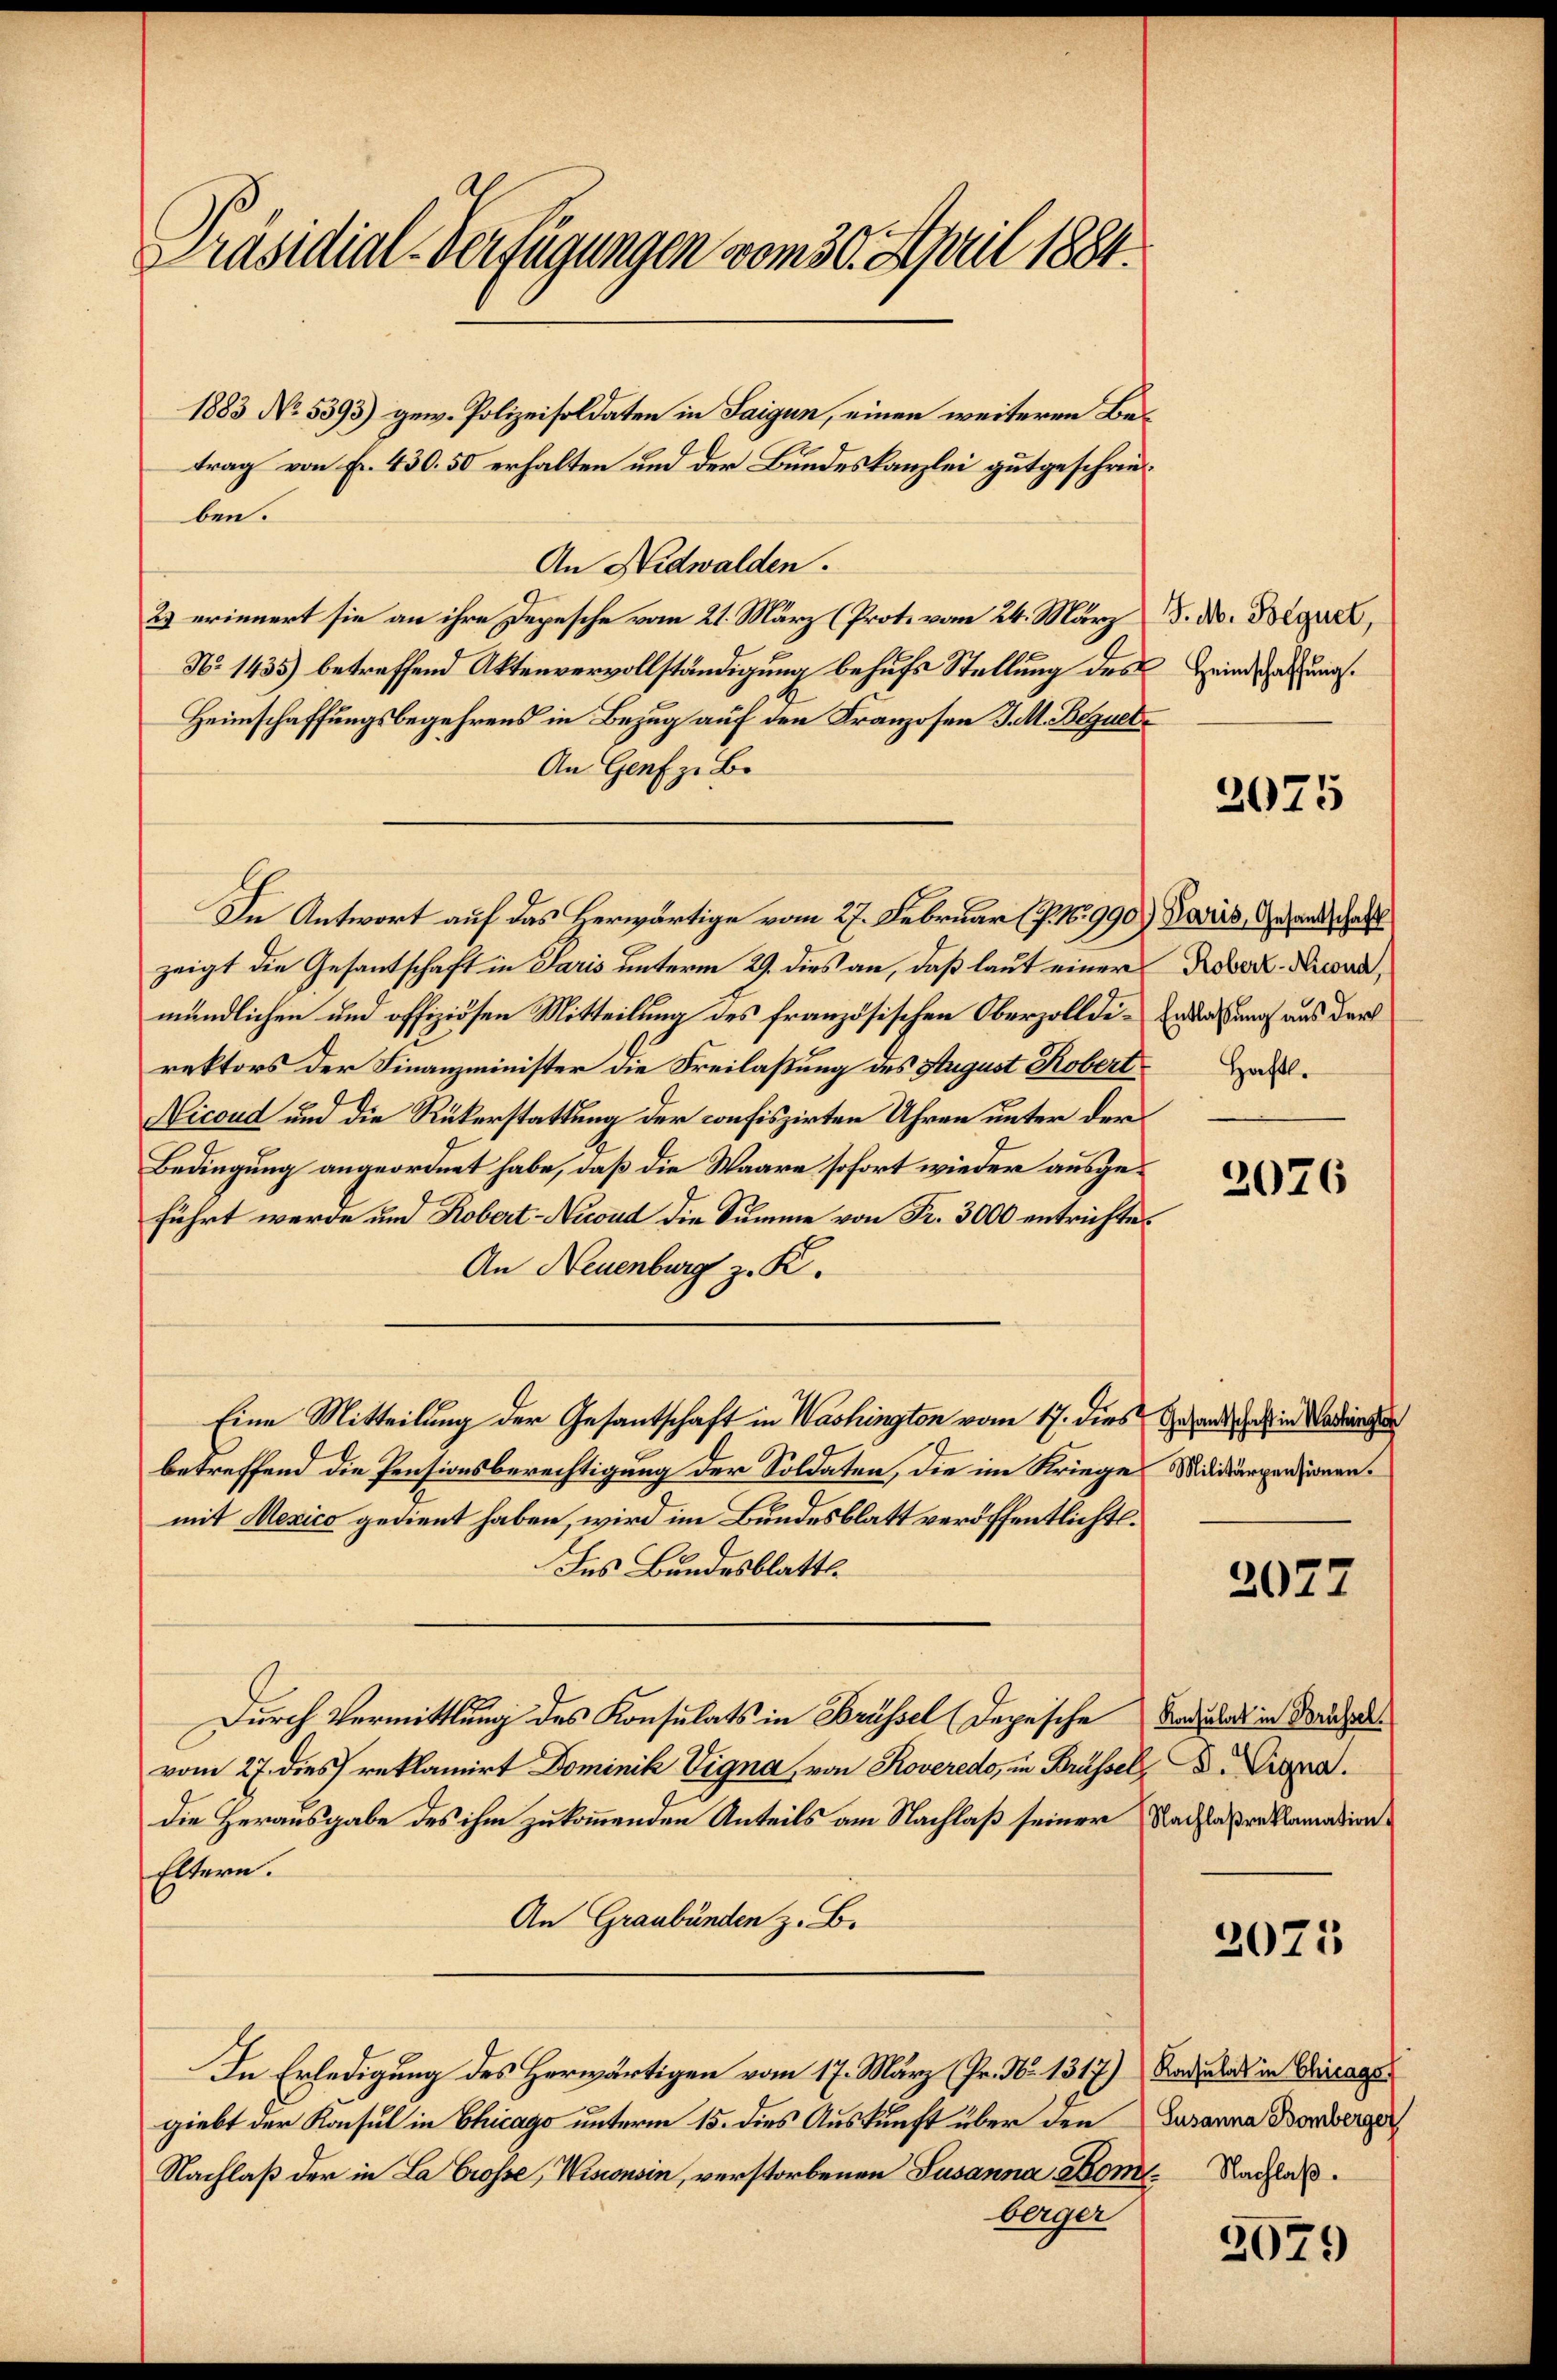
Präsidial-Verfügungen vom 30. April 1881.

1883 No 5393) gew. Polizeisoldaten in Saigun, einen weiteren Betrag von Fr. 430. 50 erhalten und der Bundeskanzlei gutgeschrieben.
An Nidwalden.
2) erinnert sie an ihre Depesche vom 21. März (Prote vom 24. März d. d. Beguel,
No 1435) betreffend Aktenvervollständigung behufs Stellung des Heindsazungs¬
Heimschaffungsbegehrens in Bezug auf den Franzosen J. M. Begnete
An Genf z. B.
zeigt die Gesantschaft in Paris unterm 29. dies an, daß laut einer Rober. Niede,
mündlichen und offiziösen Mitteilung des französischen Oberzollde-Erdachung aus der
rektors der Finanzminister die Freilaßung des August Robert Hall.
Nicoud und die Rükerstattung der confiszirten Uhren unter der
Bedingung angeordnet habe, daß die Waare sofort wieder ausgeführt werde und Robert-Newud die Summe von Fr. 3000 entrichte.
An Neuenburg z. K.
Eine Mitteilung der Gesantschaft in Washington vom 17. dies Gesandtschaft in Wadense
betreffend die Pensionsberechtigung der Soldaten, die im Kriege Weidergersonenmit Mexico gedient haben, wird im Bundesblatt veröffentlichtl.
Ins Bundesblattl.
Durch Vermittlung des Konsulats in Brüssel (Depesche Redulas in Druselvom 27. dies reklamirt Dominik Vigna, von Roveredo, in Brüsseldie Herausgabe des ihm zukommenden Anteils am Nachlaß seiner Nachsaßenklamation¬
Eltern.
An Graubünden z. B.
In Erledigung des Herwärtigen vom 17. März (Hr. No 1317) Kalat in Chicage
giebt der Konsul in Chicago unterm 15. dies Auskunft über den Casanna Bander
Nachlaß der in La Crosse, Wisionsin, verstorbenen Susanna Bon Nachlaß
berger

In Antwort auf das Herwärtige vom 27. Februar (J. N. 990) Daviis, Gesandtschaft

2075

2076

2027

D. Vigna.

2075

2079